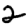
Digit: 2